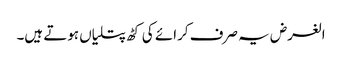
الغرض یہ صرف کرائے کی کٹھ پتلیاں ہوتے ہیں۔